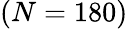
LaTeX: (N=180)